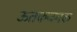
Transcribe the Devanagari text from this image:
ऊतकजनक